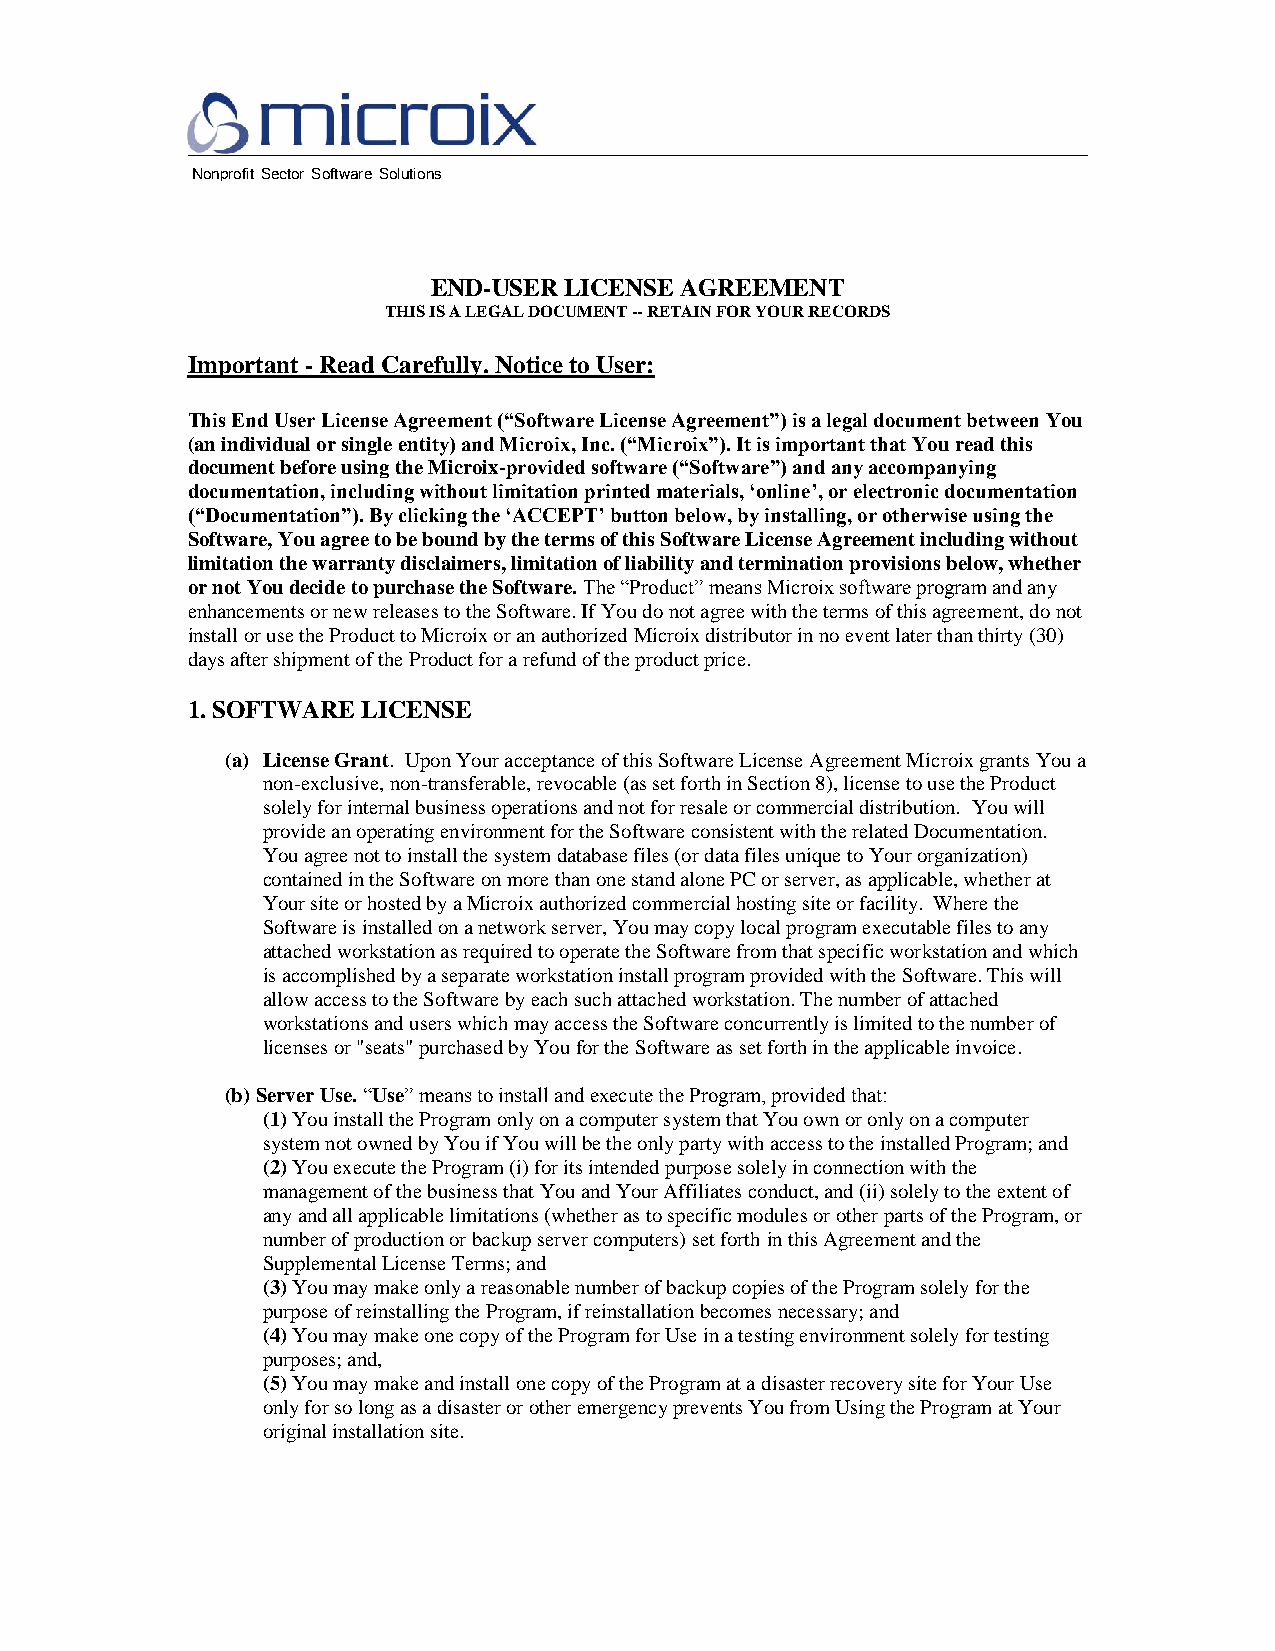
Nonprofit Sector Software Solutions
 END-USER LICENSE AGREEMENT
 THIS IS A LEGAL DOCUMENT -- RETAIN FOR YOUR RECORDS
 Important - Read Carefully. Notice to User:
 This End User License Agreement (“Software License Agreement”) is a legal document between You
 (an individual or single entity) and Microix, Inc. (“Microix”). It is important that You read this
 document before using the Microix-provided software (“Software”) and any accompanying
 documentation, including without limitation printed materials, ‘online’, or electronic documentation
 (“Documentation”). By clicking the ‘ACCEPT’ button below, by installing, or otherwise using the
 Software, You agree to be bound by the terms of this Software License Agreement including without
 limitation the warranty disclaimers, limitation of liability and termination provisions below, whether
 or not You decide to purchase the Software. The “Product” means Microix software program and any
 enhancements or new releases to the Software. If You do not agree with the terms of this agreement, do not
 install or use the Product to Microix or an authorized Microix distributor in no event later than thirty (30)
 days after shipment of the Product for a refund of the product price.
 1. SOFTWARE LICENSE
 (a) License Grant. Upon Your acceptance of this Software License Agreement Microix grants You a
 non-exclusive, non-transferable, revocable (as set forth in Section 8), license to use the Product
 solely for internal business operations and not for resale or commercial distribution. You will
 provide an operating environment for the Software consistent with the related Documentation.
 You agree not to install the system database files (or data files unique to Your organization)
 contained in the Software on more than one stand alone PC or server, as applicable, whether at
 Your site or hosted by a Microix authorized commercial hosting site or facility. Where the
 Software is installed on a network server, You may copy local program executable files to any
 attached workstation as required to operate the Software from that specific workstation and which
 is accomplished by a separate workstation install program provided with the Software. This will
 allow access to the Software by each such attached workstation. The number of attached
 workstations and users which may access the Software concurrently is limited to the number of
 licenses or "seats" purchased by You for the Software as set forth in the applicable invoice.
 (b) Server Use. “Use” means to install and execute the Program, provided that:
 (1) You install the Program only on a computer system that You own or only on a computer
 system not owned by You if You will be the only party with access to the installed Program; and
 (2) You execute the Program (i) for its intended purpose solely in connection with the
 management of the business that You and Your Affiliates conduct, and (ii) solely to the extent of
 any and all applicable limitations (whether as to specific modules or other parts of the Program, or
 number of production or backup server computers) set forth in this Agreement and the
 Supplemental License Terms; and
 (3) You may make only a reasonable number of backup copies of the Program solely for the
 purpose of reinstalling the Program, if reinstallation becomes necessary; and
 (4) You may make one copy of the Program for Use in a testing environment solely for testing
 purposes; and,
 (5) You may make and install one copy of the Program at a disaster recovery site for Your Use
 only for so long as a disaster or other emergency prevents You from Using the Program at Your
 original installation site.